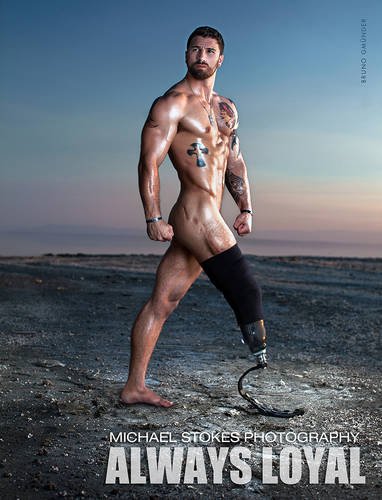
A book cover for Always Loyal; Arts & Photography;